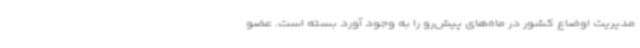
مدیریت اوضاع کشور در ماه‌های پیش‌رو را به وجود آورد بسته است. عضو